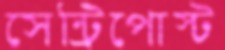
সেন্ট্রিপোস্ট